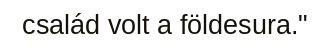
család volt a földesura."